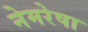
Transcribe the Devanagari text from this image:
नेमरेषा